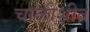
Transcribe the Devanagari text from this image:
चाळीशीत